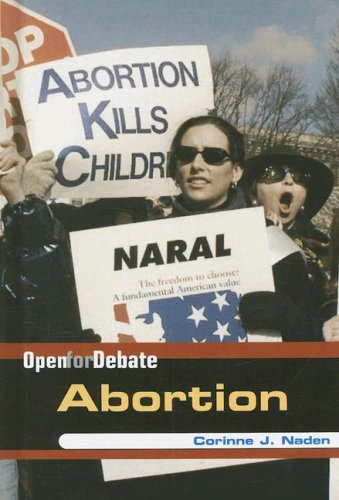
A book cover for Abortion (Open for Debate); Corinne J. Naden; Teen & Young Adult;